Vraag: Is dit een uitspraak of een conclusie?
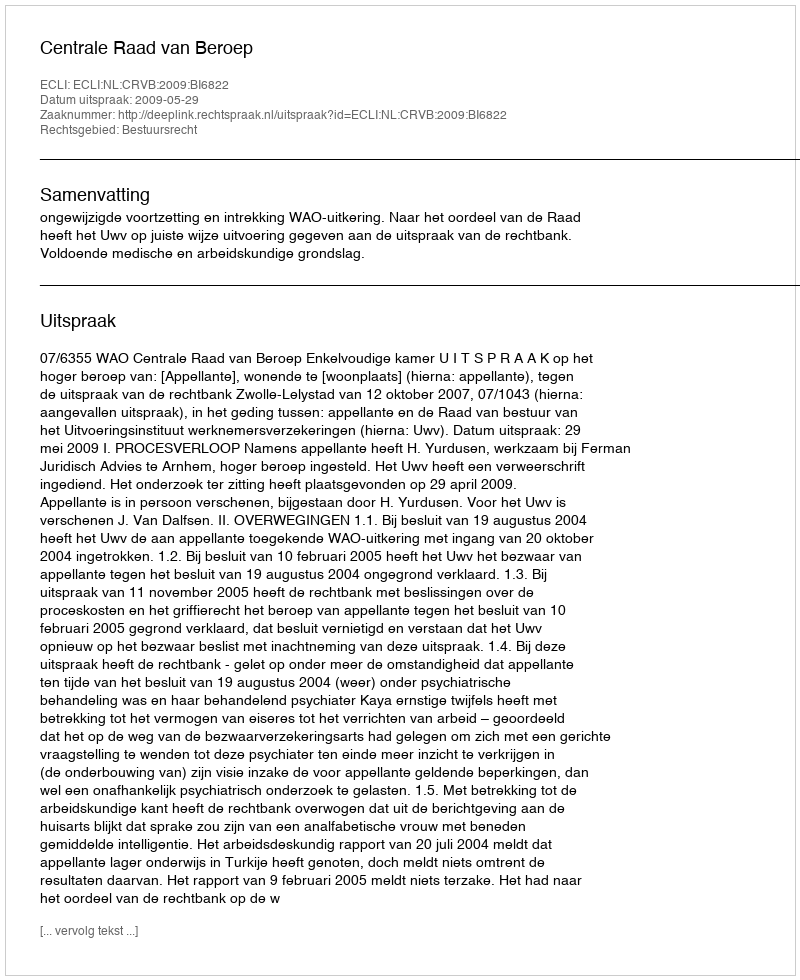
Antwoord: Uitspraak